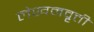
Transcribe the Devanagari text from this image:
लेखनवृत्ती